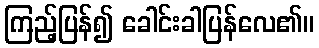
ကြည့်ပြန်၍ ခေါင်းခါပြန်လေ၏။